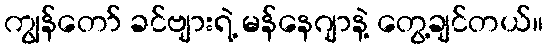
ကျွန်တော် ခင်ဗျားရဲ့ မန်နေဂျာနဲ့ တွေ့ချင်တယ်။